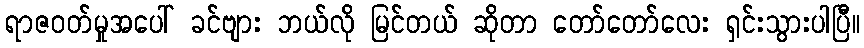
ရာဇဝတ်မှုအပေါ် ခင်ဗျား ဘယ်လို မြင်တယ် ဆိုတာ တော်တော်လေး ရှင်းသွားပါပြီ။